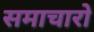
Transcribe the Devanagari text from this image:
समाचारो